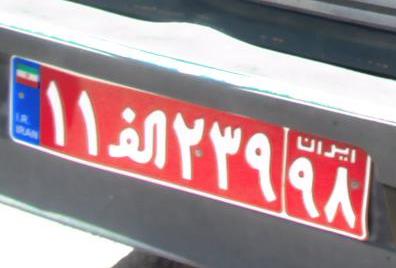
۱۱ا۲۳۹۹۸